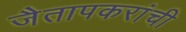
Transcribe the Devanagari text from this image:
जैतापकरांची